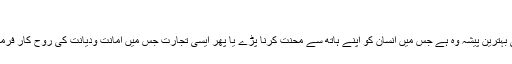
”
یعنی بہترین پیشہ وہ ہے جس میں انسان کو اپنے ہاتھ سے محنت کرنا پڑے یا پھر ایسی تجارت جس میں امانت ودیانت کی روح کار فرما ہو۔